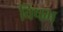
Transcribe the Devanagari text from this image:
विषभ